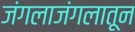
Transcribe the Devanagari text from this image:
जंगलाजंगलातून